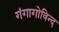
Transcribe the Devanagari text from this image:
गंगागोविन्द